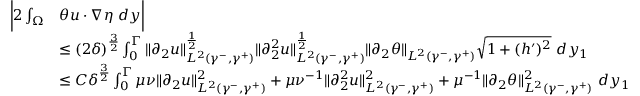
\begin{array} { r l } { \bigg | 2 \int _ { \Omega } } & { \theta u \cdot \nabla \eta \ d y \bigg | } \\ & { \leq ( 2 \delta ) ^ { \frac { 3 } { 2 } } \int _ { 0 } ^ { \Gamma } \| \partial _ { 2 } u \| _ { L ^ { 2 } ( \gamma ^ { - } , \gamma ^ { + } ) } ^ { \frac { 1 } { 2 } } \| \partial _ { 2 } ^ { 2 } u \| _ { L ^ { 2 } ( \gamma ^ { - } , \gamma ^ { + } ) } ^ { \frac { 1 } { 2 } } \| \partial _ { 2 } \theta \| _ { L ^ { 2 } ( \gamma ^ { - } , \gamma ^ { + } ) } \sqrt { 1 + ( h ^ { \prime } ) ^ { 2 } } \ d y _ { 1 } } \\ & { \leq C \delta ^ { \frac { 3 } { 2 } } \int _ { 0 } ^ { \Gamma } \mu \nu \| \partial _ { 2 } u \| _ { L ^ { 2 } ( \gamma ^ { - } , \gamma ^ { + } ) } ^ { 2 } + \mu \nu ^ { - 1 } \| \partial _ { 2 } ^ { 2 } u \| _ { L ^ { 2 } ( \gamma ^ { - } , \gamma ^ { + } ) } ^ { 2 } + \mu ^ { - 1 } \| \partial _ { 2 } \theta \| _ { L ^ { 2 } ( \gamma ^ { - } , \gamma ^ { + } ) } ^ { 2 } \ d y _ { 1 } } \end{array}